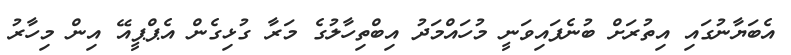
އެބަޔާނުގައި އިތުރަށް ބުނެފައިވަނީ މުހައްމަދު އިބްތިހާލުގެ މަރާ ގުޅިގެން އެޕްޕީއޭ އިން މިހާރު